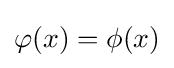
{\textstyle \varphi (x)=\phi (x)}